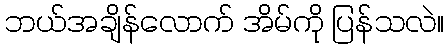
ဘယ်အချိန်လောက် အိမ်ကို ပြန်သလဲ။